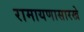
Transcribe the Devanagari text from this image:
रामायणासारखे